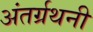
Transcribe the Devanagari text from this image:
अंतर्ग्रथनी